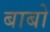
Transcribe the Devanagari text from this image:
बाबो